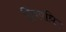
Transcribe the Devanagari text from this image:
द्विववधि